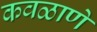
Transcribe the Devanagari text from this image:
कवळाणे